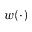
w ( \cdot )